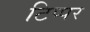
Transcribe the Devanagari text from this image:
टिप्पर